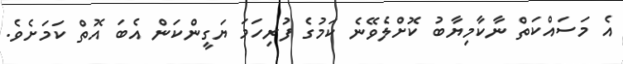
އެ މަސައްކަތް ނާކާމިޔާބު ކޮށްލެވޭނެ ކަމުގެ ފުރިހަމަ ޔަގީންކަން އެބަ އޮތް ކަމަށެވެ.